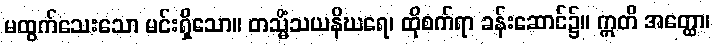
မထွက်သေးသော မင်းရှိသော။ တသ္မိံသယနိဃရေ၊ ထိုစက်ရာ ခန်းဆောင်၌။ ဣတိ အတ္ထော၊